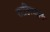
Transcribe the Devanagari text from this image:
साहित्यादि